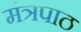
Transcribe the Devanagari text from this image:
मंत्रपाठ